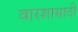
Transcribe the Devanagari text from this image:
वारशासाठी